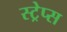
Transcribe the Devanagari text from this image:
स्ट्रेप्स